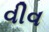
વીવ